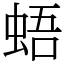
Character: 𧋋